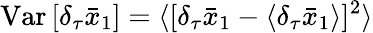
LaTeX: \mathrm{Var}\, [\delta_{\tau}\bar{x}_{1}]=\langle[\delta_{\tau}\bar{x}_{1}-\langle\delta_{\tau}\bar{x}_{1}\rangle]^{2}\rangle